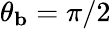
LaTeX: \theta_{\mathbf{b}}=\pi/2